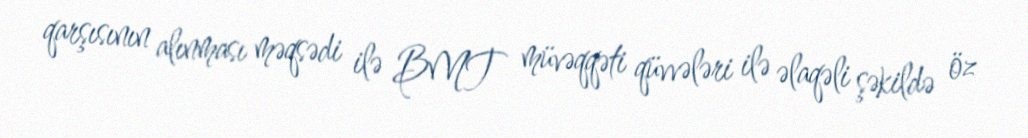
qarşısının alınması məqsədi ilə BMT müvəqqəti qüvvələri ilə əlaqəli şəkildə öz